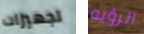
تجهيزات الرؤيه